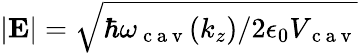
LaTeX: |{\mathbf{E}}|=\sqrt{\hbar\omega_{\mathrm{~c~a~v~}}(k_{z})/2\epsilon_{0}V_{\mathrm{~c~a~v~}}}